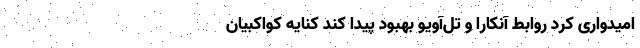
امیدواری کرد روابط آنکارا و تل‌آویو بهبود پیدا کند کنایه کواکبیان